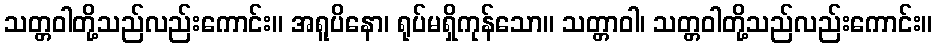
သတ္တဝါတို့သည်လည်းကောင်း။ အရူပိနော၊ ရုပ်မရှိကုန်သော။ သတ္တာဝါ၊ သတ္တဝါတို့သည်လည်းကောင်း။